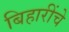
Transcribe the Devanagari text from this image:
बिहारींचे